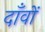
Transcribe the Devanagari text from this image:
दाँवों